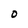
Character: 0